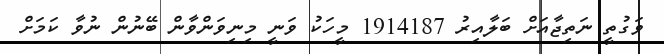
ވަގުތީ ނަތިޖާއަށް ބަލާއިރު 1914187 މީހަކު ވަނީ މިނިވަންވާން ބޭނުން ނުވާ ކަމަށް